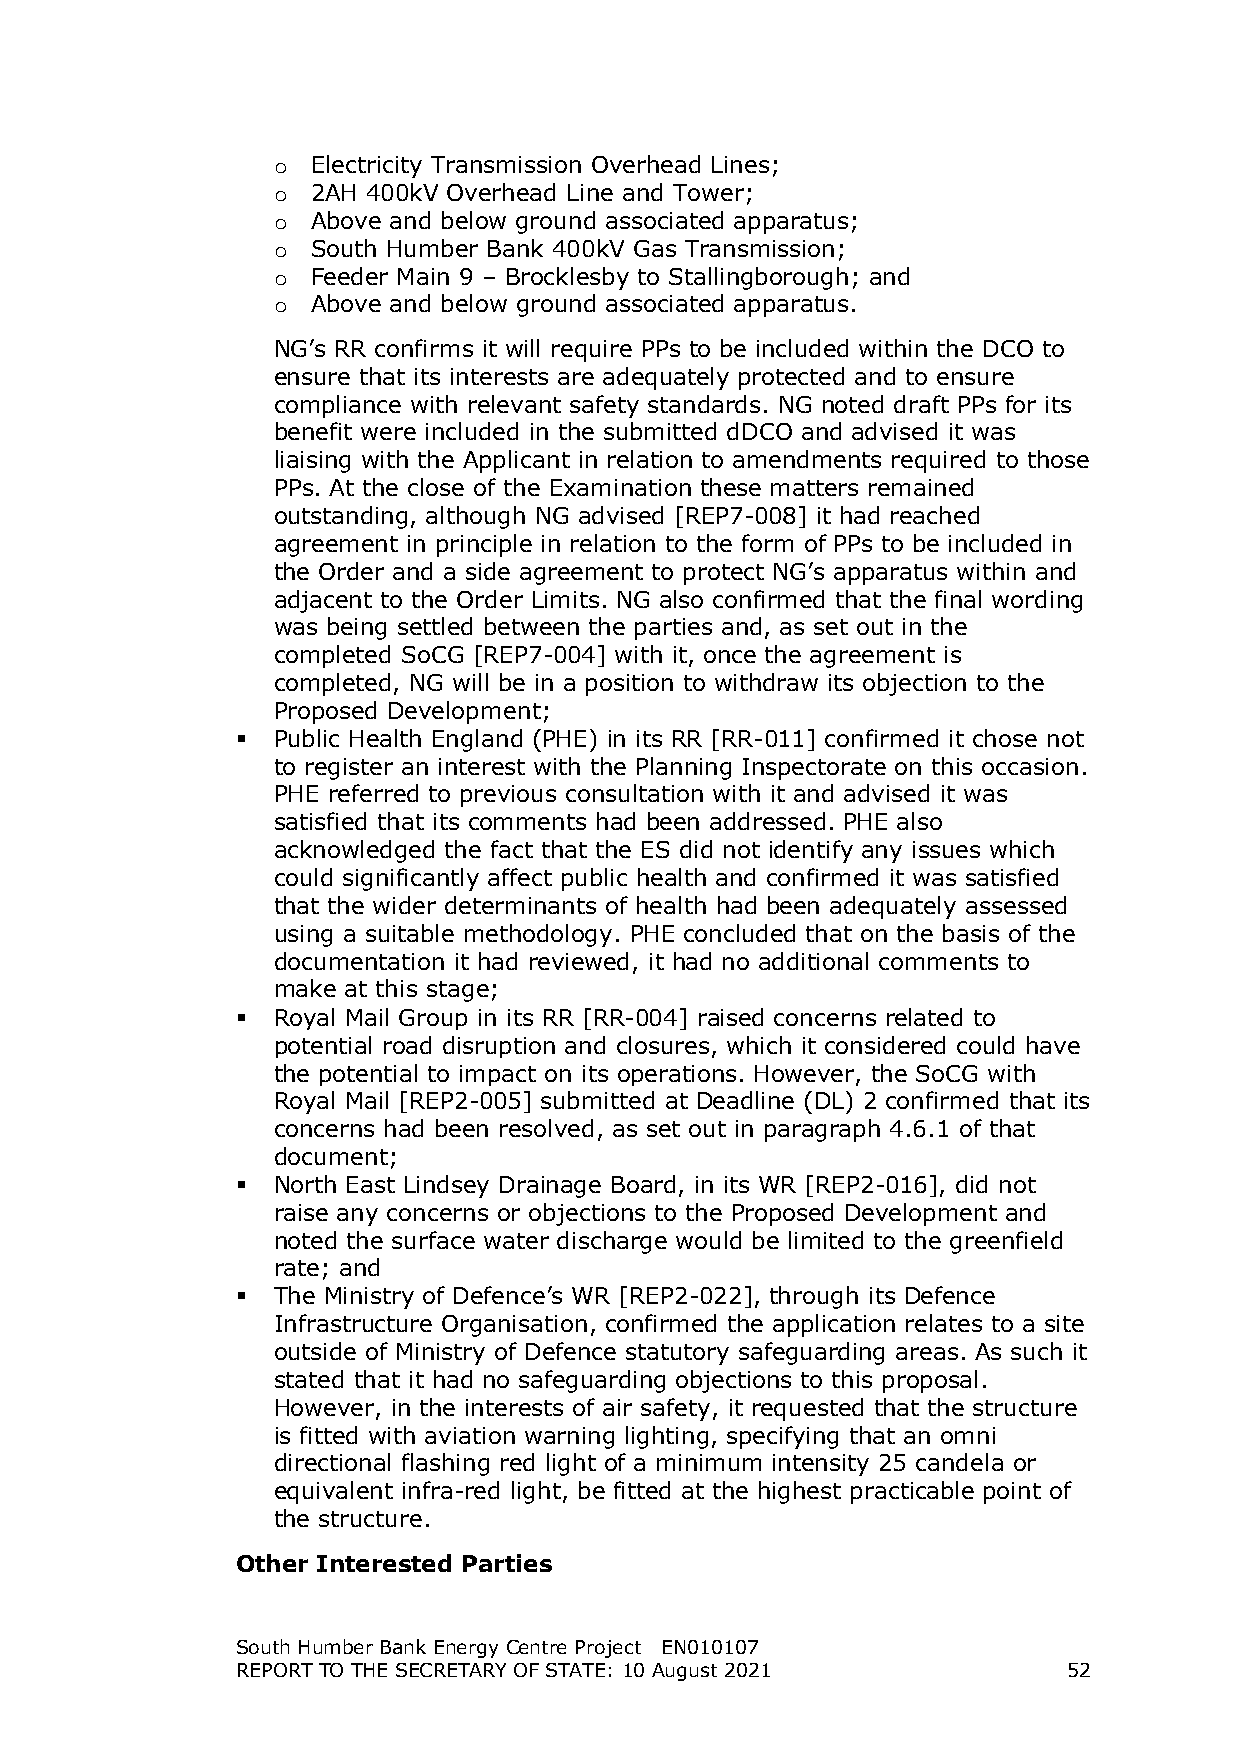
Electricity Transmission Overhead Lines;
 о
 2AH 400kV Overhead Line and Tower;
 о
 Above and below ground associated apparatus;
 о
 South Humber Bank 400kV Gas Transmission;
 о
 Feeder Main 9 – Brocklesby to Stallingborough; and
 о
 Above and below ground associated apparatus.
 о
 NG’s RR confirms it will require PPs to be included within the DCO to
 ensure that its interests are adequately protected and to ensure
 compliance with relevant safety standards. NG noted draft PPs for its
 benefit were included in the submitted dDCO and advised it was
 liaising with the Applicant in relation to amendments required to those
 PPs. At the close of the Examination these matters remained
 outstanding, although NG advised [REP7-008] it had reached
 agreement in principle in relation to the form of PPs to be included in
 the Order and a side agreement to protect NG’s apparatus within and
 adjacent to the Order Limits. NG also confirmed that the final wording
 was being settled between the parties and, as set out in the
 completed SoCG [REP7-004] with it, once the agreement is
 completed, NG will be in a position to withdraw its objection to the
 Proposed Development;
  Public Health England (PHE) in its RR [RR-011] confirmed it chose not
 to register an interest with the Planning Inspectorate on this occasion.
 PHE referred to previous consultation with it and advised it was
 satisfied that its comments had been addressed. PHE also
 acknowledged the fact that the ES did not identify any issues which
 could significantly affect public health and confirmed it was satisfied
 that the wider determinants of health had been adequately assessed
 using a suitable methodology. PHE concluded that on the basis of the
 documentation it had reviewed, it had no additional comments to
 make at this stage;
  Royal Mail Group in its RR [RR-004] raised concerns related to
 potential road disruption and closures, which it considered could have
 the potential to impact on its operations. However, the SoCG with
 Royal Mail [REP2-005] submitted at Deadline (DL) 2 confirmed that its
 concerns had been resolved, as set out in paragraph 4.6.1 of that
 document;
  North East Lindsey Drainage Board, in its WR [REP2-016], did not
 raise any concerns or objections to the Proposed Development and
 noted the surface water discharge would be limited to the greenfield
 rate; and
  The Ministry of Defence’s WR [REP2-022], through its Defence
 Infrastructure Organisation, confirmed the application relates to a site
 outside of Ministry of Defence statutory safeguarding areas. As such it
 stated that it had no safeguarding objections to this proposal.
 However, in the interests of air safety, it requested that the structure
 is fitted with aviation warning lighting, specifying that an omni
 directional flashing red light of a minimum intensity 25 candela or
 equivalent infra-red light, be fitted at the highest practicable point of
 the structure.
 Other Interested Parties
 South Humber Bank Energy Centre Project EN010107
 REPORT TO THE SECRETARY OF STATE: 10 August 2021       52